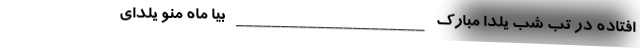
افتاده در تب شب یلدا مبارک _____________________ بیا ماه منو یلدای